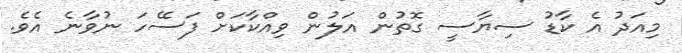
މިއަދު އެ ކާޑު ސިޔާސީ ގޮތުން އަލުން ވިއްކާކަށް ފަސޭހަ ނުވާނެ އެވެ.